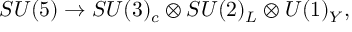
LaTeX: S U ( 5 ) \rightarrow S U ( 3 ) _ { c } \otimes S U ( 2 ) _ { L } \otimes U ( 1 ) _ { Y } ,